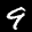
Label: 9